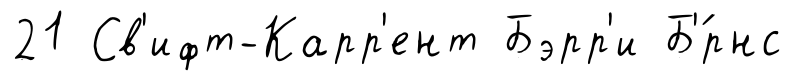
21 Св'ифт-Карр'ент Бэрр'и Б'́рнс